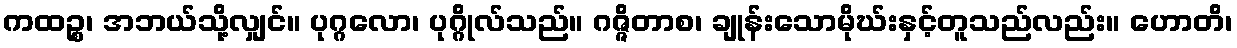
ကထဉ္စ၊ အဘယ်သို့လျှင်။ ပုဂ္ဂလော၊ ပုဂ္ဂိုလ်သည်။ ဂဇ္ဇိတာစ၊ ချုန်းသောမိုဃ်းနှင့်တူသည်လည်း။ ဟောတိ၊